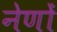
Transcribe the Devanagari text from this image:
नेणों